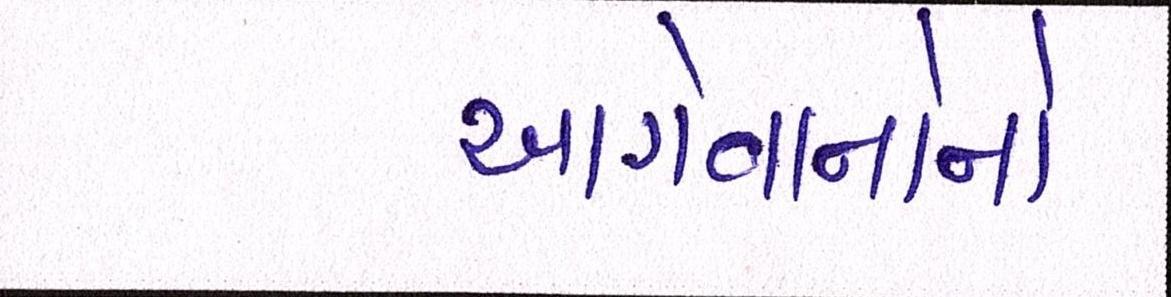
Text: આગેવાનોનો